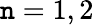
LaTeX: \mathtt{n}=1,2